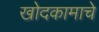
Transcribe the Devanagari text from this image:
खोदकामाचे